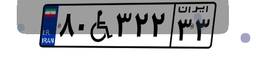
۰۷W۳۱۹۰۴